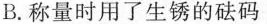
B.称量时用了生锈的砝码